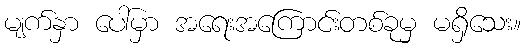
မျက်နှာ ပေါ်မှာ အရေးအကြောင်းတစ်ခုမှ မရှိသေး။